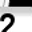
Digit: 2